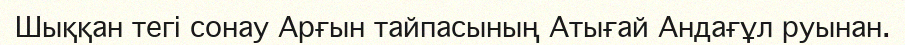
Шыққан тегі сонау Арғын тайпасының Атығай Андағұл руынан.